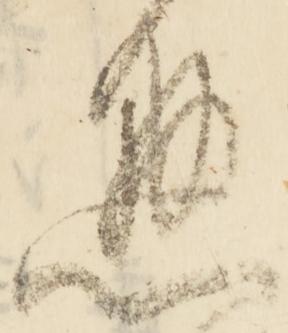
懸